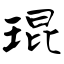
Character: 琨